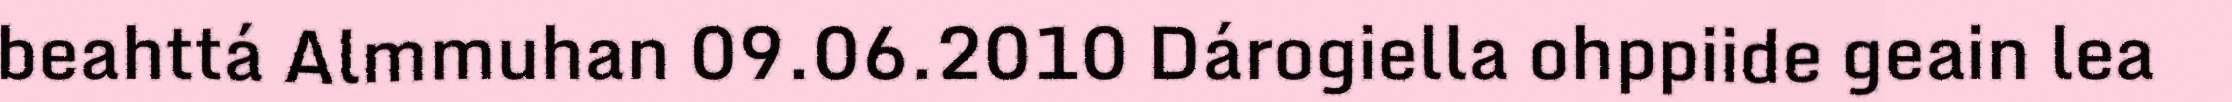
beahttá Almmuhan 09.06.2010 Dárogiella ohppiide geain lea